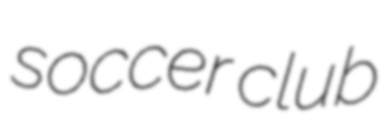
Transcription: soccer club